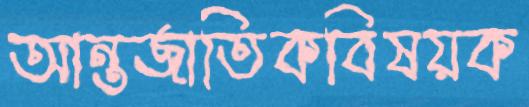
আন্তর্জাতিকবিষয়ক